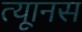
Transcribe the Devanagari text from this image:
त्यूानस